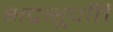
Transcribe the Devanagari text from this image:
भद्रभूपति